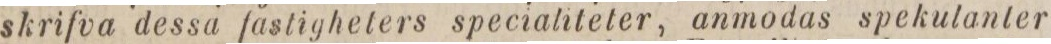
skrifva dessa fastigheters specialiteter, anmodas spekulanter